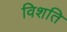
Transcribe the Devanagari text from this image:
विशति